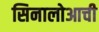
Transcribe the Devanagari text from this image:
सिनालोआची